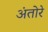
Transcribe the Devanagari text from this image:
अंतोरे